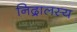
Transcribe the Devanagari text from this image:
निद्रालस्य